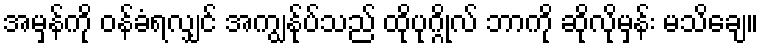
အမှန်ကို ဝန်ခံရလျှင် အကျွန်ုပ်သည် ထိုပုဂ္ဂိုလ် ဘာကို ဆိုလိုမှန်း မသိချေ။